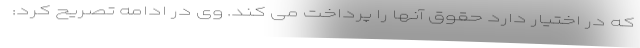
که در اختیار دارد حقوق آنها را پرداخت می کند. وی در ادامه تصریح کرد: